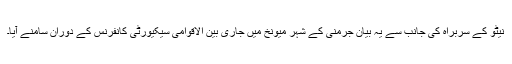
نیٹو کے سربراہ کی جانب سے یہ بیان جرمنی کے شہر میونخ میں جاری بین الاقوامی سیکیورٹی کانفرنس کے دوران سامنے آیا۔